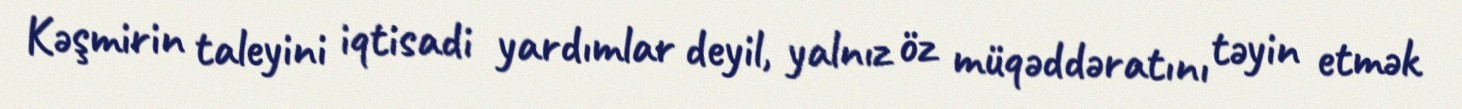
Kəşmirin taleyini iqtisadi yardımlar deyil, yalnız öz müqəddəratını təyin etmək